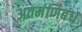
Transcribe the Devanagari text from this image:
अतमंणिबंध